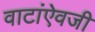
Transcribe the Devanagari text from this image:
वाटांऐवजी